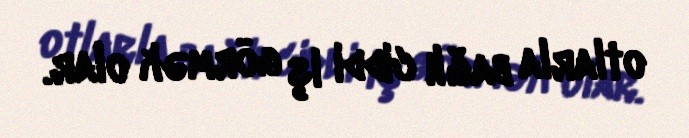
otlarla bağlı ciddi iş görmək olar.